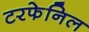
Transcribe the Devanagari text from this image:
टरफेनिल